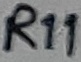
Text: R11